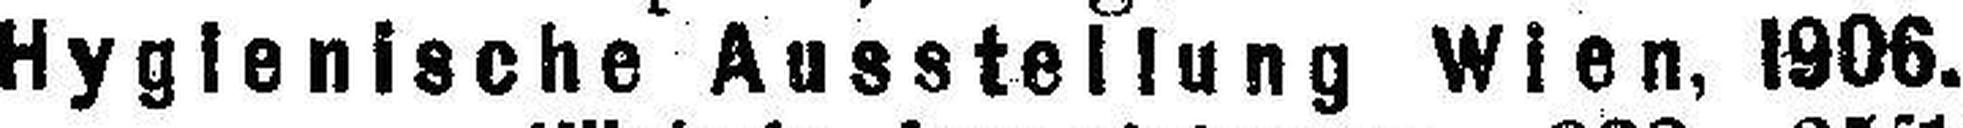
Hygienische Ausstellung Wien, 1906.